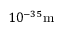
1 0 ^ { - 3 5 } \mathrm { m }